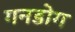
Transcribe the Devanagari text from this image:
गनडोग